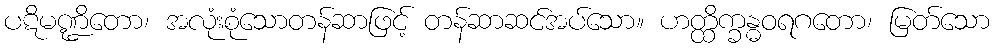
ပဋိမဏ္ဍိတော၊ အလုံးစုံသောတန်ဆာဖြင့် တန်ဆာဆင်အပ်သော။ ဟတ္ထိက္ခန္ဓဝရဂတော၊ မြတ်သော